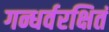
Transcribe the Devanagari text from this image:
गन्धर्वरक्षितं